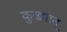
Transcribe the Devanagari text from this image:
कुख्यात्